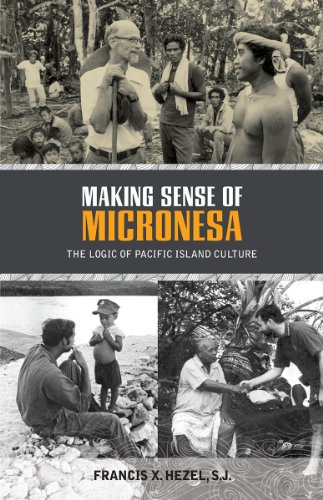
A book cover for Making Sense of Micronesia; Francis X. Hezel; History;